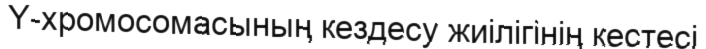
Y-хромосомасының кездесу жиілігінің кестесі